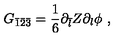
G _ { \bar { 1 } \bar { 2 } \bar { 3 } } = \frac { 1 } { 6 } \partial _ { \bar { l } } Z \partial _ { l } \phi \ ,